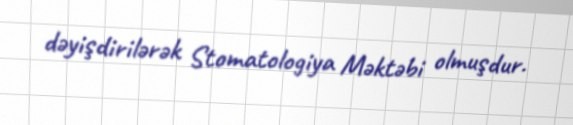
dəyişdirilərək Stomatologiya Məktəbi olmuşdur.